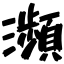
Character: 瀕